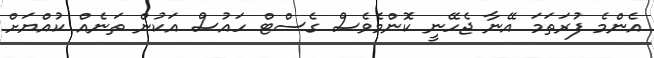
އެންމެ ފުރަތަމަ އޭނާ ޖެހޭނީ ކޮންމެވެސް ގެސްޓް ހައުސް އަކުން ތަނެއް ކުއްޔަށް